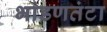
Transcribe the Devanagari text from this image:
भांडणतंटा